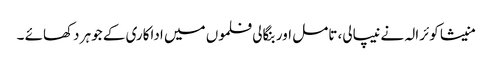
منیشا کوئرالہ نے نیپالی، تامل اور بنگالی فلموں میں اداکاری کے جوہر دکھائے ۔